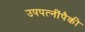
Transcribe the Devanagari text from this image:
उपपत्‍नींपैकी